Scientific memoirs by medical officers of the Army of India - Part IX,
Year: 1895
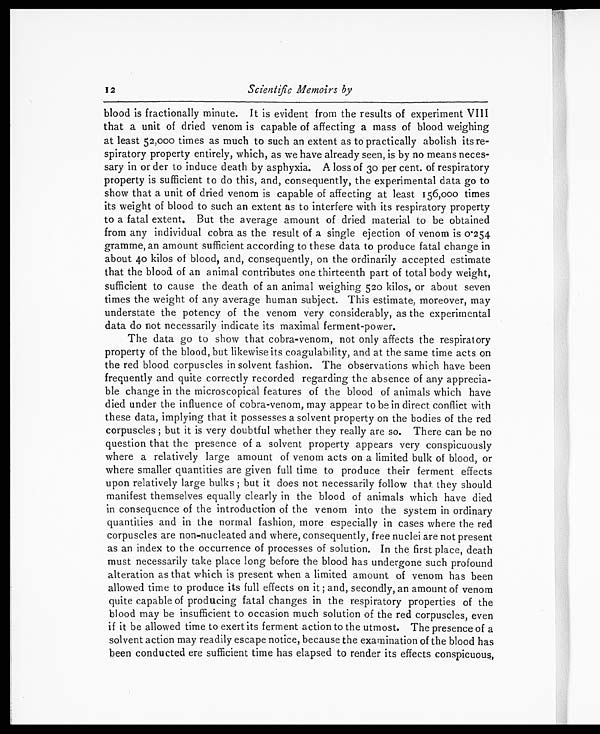
12
Scientific Memoirs by
blood is fractionally minute. It is evident from the results of experiment VIII
that a unit of dried venom is capable of affecting a mass of blood weighing
at least 52,000 times as much to such an extent as to practically abolish its re
-spiratory property entirely, which, as we have already seen, is by no means neces
-sary in or der to induce death by asphyxia. A loss of 30 per cent. of respiratory
property is sufficient to do this, and, consequently, the experimental data go to
show that a unit of dried venom is capable of affecting at least 156,000 times
its weight of blood to such an extent as to interfere with its respiratory property
to a fatal extent. But the average amount of dried material to be obtained
from any individual cobra as the result of a single ejection of venom is 0.254
gramme, an amount sufficient according to these data to produce fatal change in
about 40 kilos of blood, and, consequently, on the ordinarily accepted estimate
that the blood of an animal contributes one thirteenth part of total body weight,
sufficient to cause the death of an animal weighing 520 kilos, or about seven
times the weight of any average human subject. This estimate, moreover, may
understate the potency of the venom very considerably, as the experimental
data do not necessarily indicate its maximal ferment-power.
The data go to show that cobra-venom, not only affects the respiratory
property of the blood, but likewise its coagulability, and at the same time acts on
the red blood corpuscles in solvent fashion. The observations which have been
frequently and quite correctly recorded regarding the absence of any apprecia
-ble change in the microscopical features of the blood of animals which have
died under the influence of cobra-venom, may appear to be in direct conflict with
these data, implying that it possesses a solvent property on the bodies of the red
corpuscles ; but it is very doubtful whether they really are so. There can be no
question that the presence of a solvent property appears very conspicuously
where a relatively large amount of venom acts on a limited bulk of blood, or
where smaller quantities are given full time to produce their ferment effects
upon relatively large bulks ; but it does not necessarily follow that they should
manifest themselves equally clearly in the blood of animals which have died
in consequence of the introduction of the venom into the system in ordinary
quantities and in the normal fashion, more especially in cases where the red
corpuscles are non-nucleated and where, consequently, free nuclei are not present
as an index to the occurrence of processes of solution. In the first place, death
must necessarily take place long before the blood has undergone such profound
alteration as that which is present when a limited amount of venom has been
allowed time to produce its full effects on it ; and, secondly, an amount of venom
quite capable of producing fatal changes in the respiratory properties of the
blood may be insufficient to occasion much solution of the red corpuscles, even
if it be allowed time to exert its ferment action to the utmost. The presence of a
solvent action may readily escape notice, because the examination of the blood has
been conducted ere sufficient time has elapsed to render its effects conspicuous,